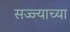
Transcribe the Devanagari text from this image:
सज्ज्याच्या